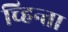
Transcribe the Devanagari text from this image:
च्हिन्ता